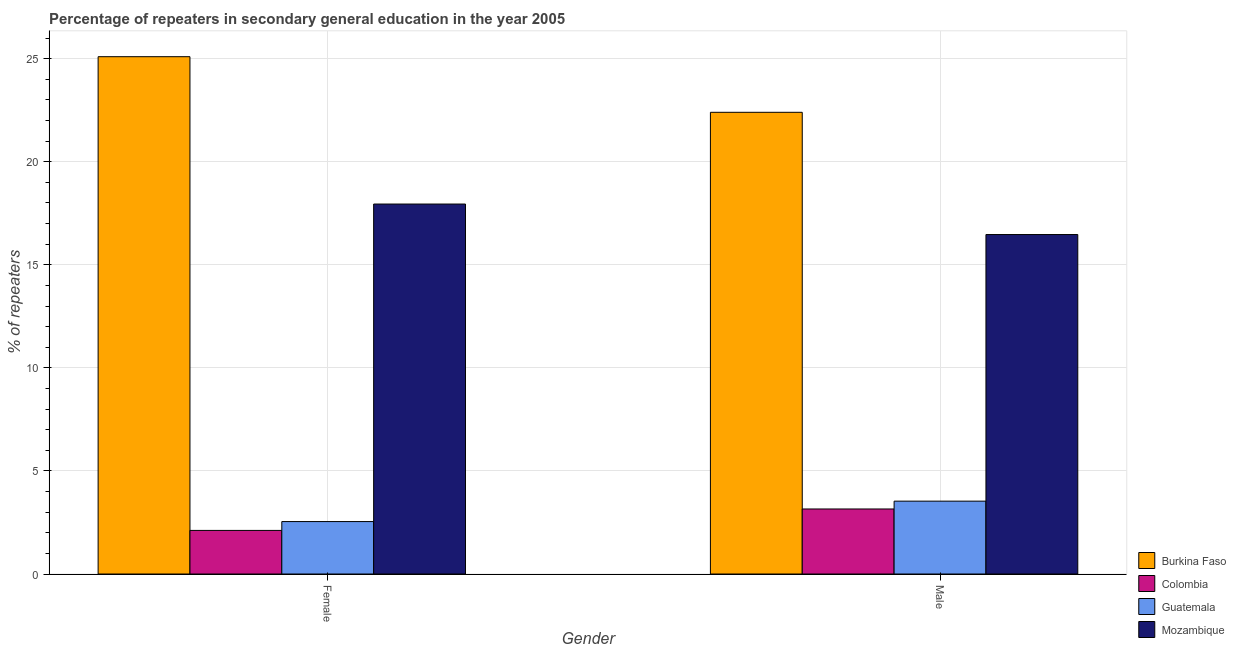
| Gender | Burkina Faso | Colombia | Guatemala | Mozambique |
 | --- | --- | --- | --- | --- |
 | Female | 25.1 | 2.11 | 2.54 | 17.9 |
 | Male | 22.4 | 3.15 | 3.53 | 16.5 |